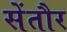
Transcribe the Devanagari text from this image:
सेंतौर